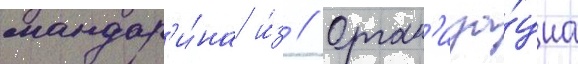
мандар'и́на и́з // Орган'иза́циа